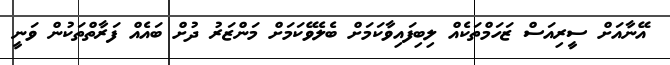
އޭނާއަށް ސީރިއަސް ޒަހަމްތަކެއް ލިބިފައިވާކަމަށް ބެލެވޭކަމަށް މަންޒަރު ދުށް ބައެއް ފަރާތްތަކުން ވަނީ